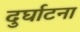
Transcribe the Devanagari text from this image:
दुर्घाटना